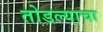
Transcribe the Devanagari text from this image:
तोडल्याचा